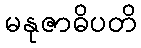
မနုဇာဓိပတိ